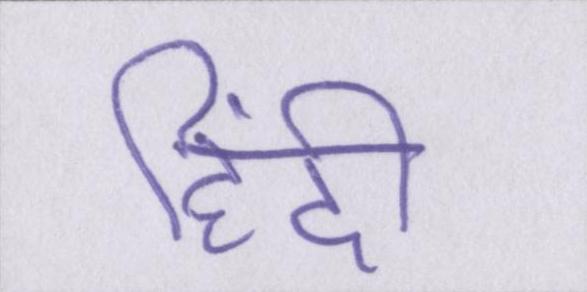
हिंदी